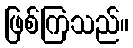
ဖြစ်ကြသည်။